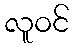
လူဝင်